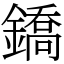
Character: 鐈